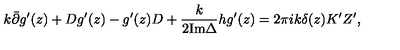
k \bar { \partial } g ^ { \prime } ( z ) + D g ^ { \prime } ( z ) - g ^ { \prime } ( z ) D + \frac { k } { 2 { \mathrm { I m } } \Delta } h g ^ { \prime } ( z ) = 2 \pi i k \delta ( z ) K ^ { \prime } Z ^ { \prime } , \nonumber